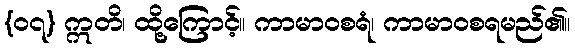
{၀၇} ဣတိ၊ ထို့ကြောင့်။ ကာမာဝစရံ၊ ကာမာဝစရမည်၏။